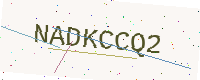
Text: NADKCCQ2